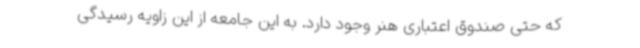
که حتی صندوق اعتباری هنر وجود دارد. به این جامعه از این زاویه رسیدگی